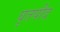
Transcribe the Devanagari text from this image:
घृतपीद